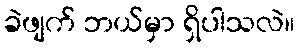
ခဲဖျက် ဘယ်မှာ ရှိပါသလဲ။